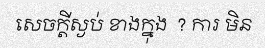
សេចក្តីស្ងប់ ខាងក្នុង  ? ការ មិន